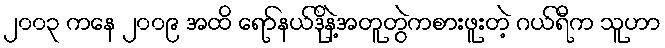
၂၀၀၃ ကနေ ၂၀၀၉ အထိ ရော်နယ်ဒိုနဲ့အတူတွဲကစားဖူးတဲ့ ဂယ်ရီက သူဟာ